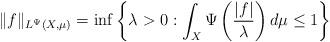
LaTeX: \begin{align*} \|f\|_{L^{\Psi}(X,\mu)} = \inf\bigg\{\lambda>0: \int_X \Psi\left( \frac{|f|}{\lambda}\right)d\mu \leq 1\bigg\}\end{align*}